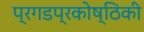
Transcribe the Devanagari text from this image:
प्रगडप्रकोष्ठिकी